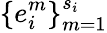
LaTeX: \{ e_{i}^{m}\} _{m=1}^{s_{i}}